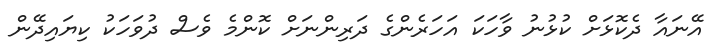
އޭނައާ ދެކޮޅަށް ކުޅުނު ވާހަކަ އަހަރެންގެ ދަރިންނަށް ކޮންމެ ވެސް ދުވަހަކު ކިޔައިދޭން